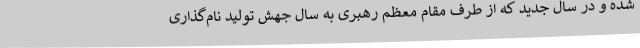
شده و در سال جدید که از طرف مقام معظم رهبری به سال جهش تولید نام‌گذاری